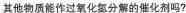
其他物质能作过氧化氢分解的催化剂吗?